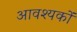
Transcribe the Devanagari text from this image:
आवश्यकों